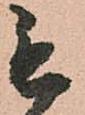
毛